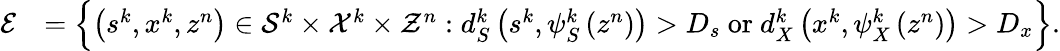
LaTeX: \begin{array}{rl}{\mathcal{E}}&{=\Big\{ {\left(s^{k},x^{k},z^{n}\right)\in\mathcal{S}^{k}\times\mathcal{X}^{k}\times\mathcal{Z}^{n}}:{d_{S}^{k}\left(s^{k},\psi_{S}^{k}\left(z^{n}\right)\right)>D_{s}\mathrm{~or~}d_{X}^{k}\left(x^{k},\psi_{X}^{k}\left(z^{n}\right)\right)>D_{x}}\Big\} .}\end{array}